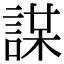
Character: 𧩜